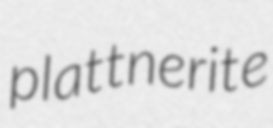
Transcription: plattnerite